Civil Veterinary Department Bihar reports 1936-40 - 1936-1940
Year: 1936
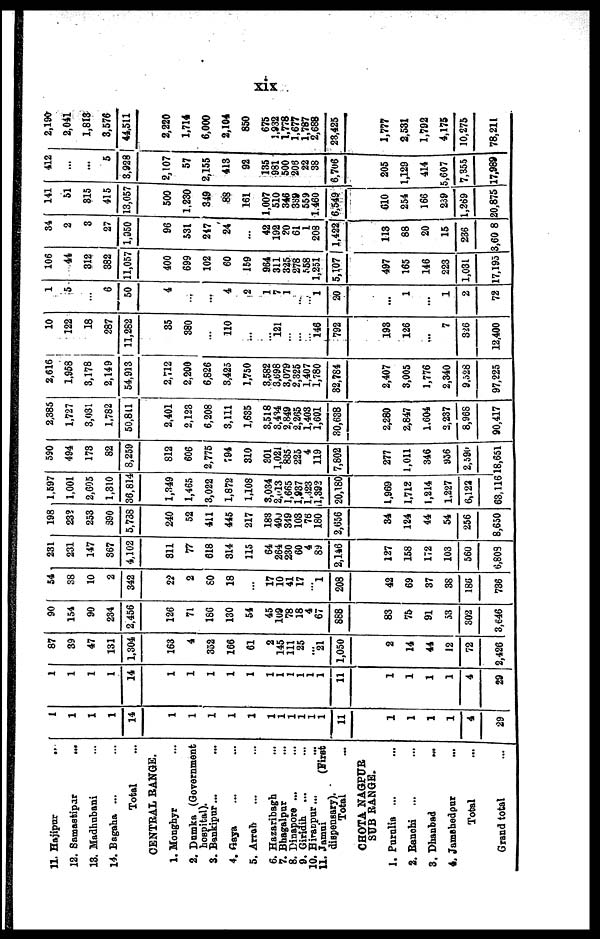
xix
11. Hajipur
..
12. Samastipur
...
13. Madhubani ...
14. Bagaha ... ...
Total …
CENTRAL RANGE.
1. Monghyr ...
2. Dumka (Government hospital).
3. Bankipnr ...
...
4. Gaya ... ...
5. Arrah ... ...
6. Hazaribagh ...
7. Bhagalpur ...
8. Dinapore ... …
9. Giridih ... ...
10. Hiranpur... …
11. Jamui
(First dispensary).
Total …
CHOTA NAGPUR
SUB RANGE.
1. Purulia ... ...
2. Ranchi ... ...
3. Dhanbad ...
4. Jamshedpur ...
Total …
Grand total …
1
1
1
1
14
1
1
1
1
1
1
1
1
1
1
1
11
1
1
1
1
4
29
1
1
1
1
14
1
1
1
1
1
1
1
1
1
1
1
11
1
1
1
1
4
29
87
39
47
131
1,304
163
4
352
166
61
2
145
111
25
...
21
1,050
2
14
44
12
72
2,426
90
154
90
234
2,456
126
71
186
130
54
45
109
78
18
4
67
888
83
75
91
53
302
3,646
54
38
10
2
342
22
2
80
18
...
17
10
41
17
...
1
208
42
69
37
38
186
736
231
231
147
367
4,102
811
77
618
314
115
64
264
230
60
4
89
2,146
127
158
172
103
560
6,803
198
232
253
390
5,738
240
52
411
445
217
183
490
349
103
76
180
2,656
34
124
44
54
256
8,650
1,597
1,001
2,605
1,310
36,814
1,349
1,465
3,022
1,872
1,108
3,034
2,613
1,665
1,837
1,323
1,392
20,180
1,969
1,712
1,214
1.227
6,122
63,116
590
494
173
82
8,259
812
606
2,775
794
310
201
1,021
835
225
4
119
7,802
277
1,011
346
956
2,590
18,651
2,385
1,727
3,031
1,782
50,811
2,401
2,123
6,208
3,111
1,635
3,518
3,434
2,849
2,265
1,403
1,601
30,638
2,280
2,847
1.604
2,237
8,968
90,417
2,616
1,958
3,178
2,149
54,913
2,712
2,200
6,826
3,425
1,750
3,582
3.698
3,079
2,325
1,407
1,780
32,784
2,407
3,005
1,776
2,340
9.528
97,225
10
122
18
287
11,282
35
380
…
110
...
…
121
…
…
…
146
792
193
126
...
7
326
12,400
1
5
…
6
50
4
...
…
4
2
1
7
1
…
…
1 20
...
1
...
1
2
72
106
41
312
382
11,057
400
699
102
60
159
964
311
325
278
558
1,251
5,107
497
165
146
223
1,031
17,195
34
2
3
27
1,950
96
531
247
24
...
42
192
20
61
1
208
1,422
113
88
20
15
236
3,60 8
141
51
315
415
13,057
500
1,230
349
88
161
1,007
510
346
389
559
1.460
6,549
610
254
166
239
1,269
20,875
412
...
...
5
3,928
2,107
57
2,155
413
92
135
981
500
206
22
38
6,706
205
1,129
414
5,607
7,355
17,989
2,190
2,041
1,813
3,576
44,511
2,220
1,714
6,000
2,104
850
675
1,932
1,778
1,677
1,787
2,688
23,425
1,777
2,531
1,792
4,175
10,275
78,211